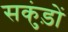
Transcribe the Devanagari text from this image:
सकुंड़ों